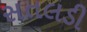
સતલડી